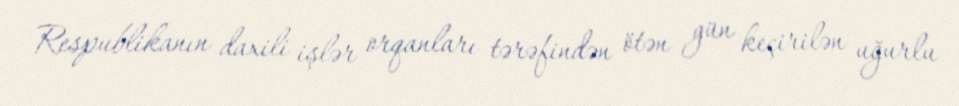
Respublikanın daxili işlər orqanları tərəfindən ötən gün keçirilən uğurlu